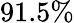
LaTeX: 91.5\%